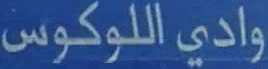
وادي اللوكوس